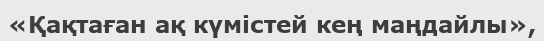
«Қақтаған ақ күмістей кең маңдайлы»,